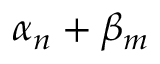
\alpha _ { n } + \beta _ { m }